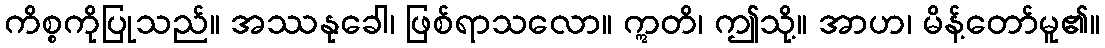
ကိစ္စကိုပြုသည်။ အဿနုခေါ၊ ဖြစ်ရာသလော။ ဣတိ၊ ဤသို့။ အာဟ၊ မိန့်တော်မူ၏။